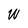
Character: W